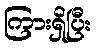
ကြားရှိပြီး